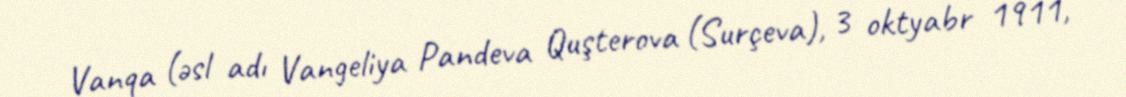
Vanqa (əsl adı Vangeliya Pandeva Quşterova (Surçeva), 3 oktyabr 1911,